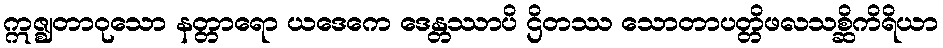
ဣဇ္ဈတာဝုသော နတ္တာရော ယဒေကေ ဒေန္တဿာပိ ဌိတဿ သောတာပတ္တိဖလသစ္ဆိကိရိယာ